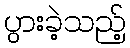
ပွားခဲ့သည့်